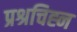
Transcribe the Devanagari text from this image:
प्रश्रचिह्न